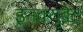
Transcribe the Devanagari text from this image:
इनक्यूबेट